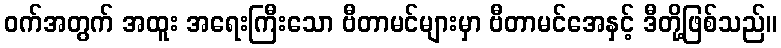
ဝက်အတွက် အထူး အရေးကြီးသော ဗီတာမင်များမှာ ဗီတာမင်အေနှင့် ဒီတို့ဖြစ်သည်။